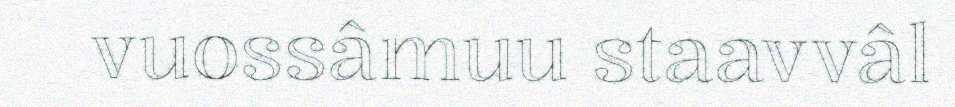
vuossâmuu staavvâl